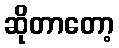
ဆိုတာတော့